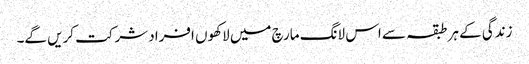
زندگی کے ہر طبقہ سے اس لانگ مارچ میں لاکھوں افراد شرکت کریں گے۔